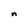
Character: n